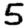
Digit: 5